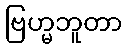
ဗြဟ္မဘူတာ